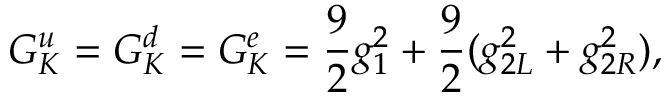
G _ { K } ^ { u } = G _ { K } ^ { d } = G _ { K } ^ { e } = { \frac { 9 } { 2 } } g _ { 1 } ^ { 2 } + { \frac { 9 } { 2 } } ( g _ { 2 L } ^ { 2 } + g _ { 2 R } ^ { 2 } ) ,